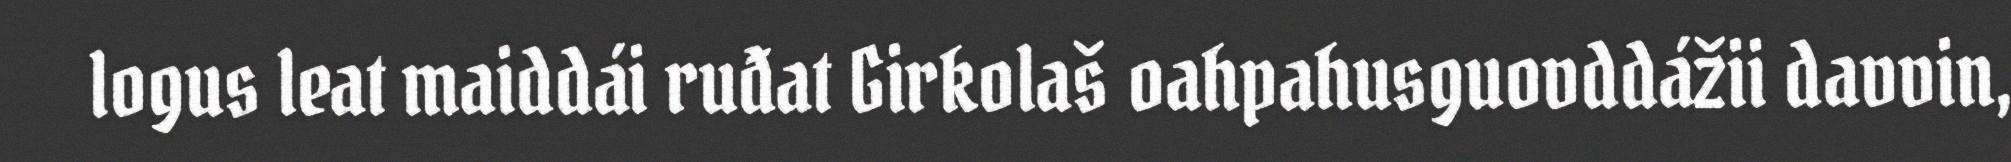
logus leat maiddái ruđat Girkolaš oahpahusguovddážii davvin,